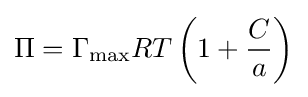
\Pi =\Gamma _{\max }RT\left(1+{\frac {C}{a}}\right)